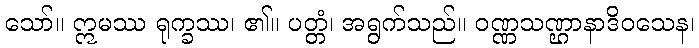
သော်။ ဣမဿ ရုက္ခဿ၊ ၏။ ပတ္တံ၊ အရွက်သည်။ ဝဏ္ဏသဏ္ဌာနာဒိဝသေန၊